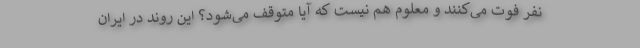
نفر فوت می‌کنند و معلوم هم نیست که آیا متوقف می‌شود؟ این روند در ایران